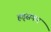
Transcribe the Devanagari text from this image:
हड्सकर